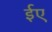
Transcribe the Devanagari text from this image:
ईए